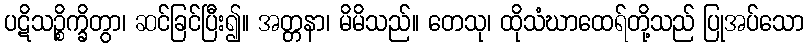
ပဋိသဉ္စိက္ခိတွာ၊ ဆင်ခြင်ပြီး၍။ အတ္တနာ၊ မိမိသည်။ တေသု၊ ထိုသံဃာထေရ်တို့သည် ပြုအပ်သော